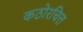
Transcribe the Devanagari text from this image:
कठोरचित्त